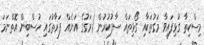
މިސްކިތާ ގުޅިފައިވާ މަގުތަކާއި ގޯޅިތައް ސާފުކުރުން (މަގުގެ އަނެއް ފަރާތުގައި ހުސްބިން އޮތްނަމަ